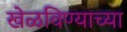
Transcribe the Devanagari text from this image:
खेळविण्याच्या